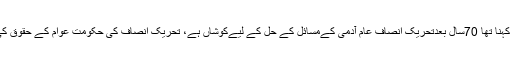
وزیراعلیٰ پنجاب کا کہنا تھا 70سال بعدتحریک انصاف عام آدمی کےمسائل کے حل کے لیےکوشاں ہے، تحریک انصاف کی حکومت عوام کے حقوق کی نگہبانی کرے گی۔